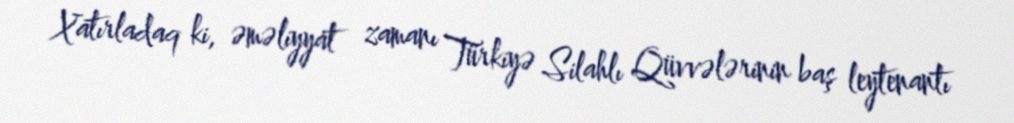
Xatırladaq ki, əməliyyat zamanı Türkiyə Silahlı Qüvvələrinin baş leytenantı